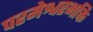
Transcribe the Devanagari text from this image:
परमेश्वरभक्ति